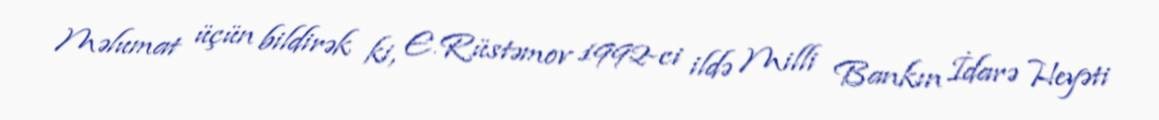
Məlumat üçün bildirək ki, E.Rüstəmov 1992-ci ildə Milli Bankın İdarə Heyəti